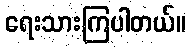
ရေးသားကြပါတယ်။